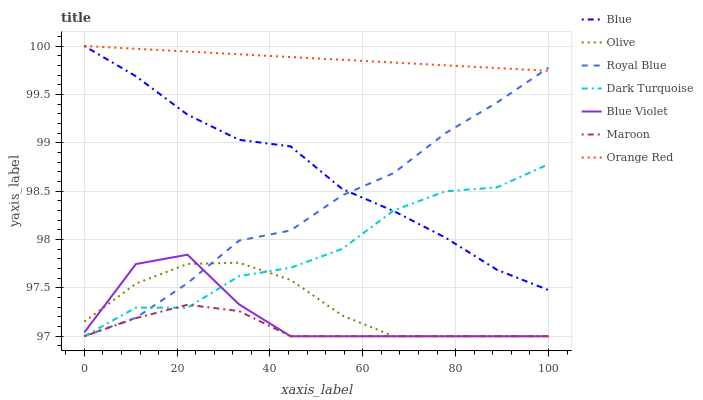
| xaxis_label | Blue | Olive | Royal Blue | Dark Turquoise | Blue Violet | Maroon | Orange Red |
 | --- | --- | --- | --- | --- | --- | --- | --- |
 | 0 | 100 | 97.2 | 97 | 97 | 97 | 97 | 100 |
 | 11.1 | 99.7 | 97.5 | 97.2 | 97.3 | 97.7 | 97.2 | 100 |
 | 22.2 | 99.3 | 97.7 | 97.5 | 97.3 | 97.8 | 97.3 | 99.9 |
 | 33.3 | 99 | 97.8 | 98 | 97.6 | 97.3 | 97.3 | 99.9 |
 | 44.4 | 99 | 97.6 | 98.1 | 97.7 | 97 | 97 | 99.9 |
 | 55.6 | 98.5 | 97.2 | 98.5 | 97.9 | 97 | 97 | 99.9 |
 | 66.7 | 98.3 | 97 | 98.7 | 98.3 | 97 | 97 | 99.8 |
 | 77.8 | 98 | 97 | 99.1 | 98.5 | 97 | 97 | 99.8 |
 | 88.9 | 97.7 | 97 | 99.4 | 98.5 | 97 | 97 | 99.8 |
 | 100 | 97.5 | 97 | 99.8 | 98.8 | 97 | 97 | 99.7 |